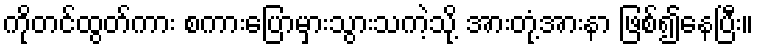
ကိုတင်ထွတ်ကား စကားပြောမှားသွားသကဲ့သို့ အားတုံ့အားနာ ဖြစ်၍နေပြီး။